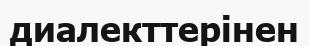
диалекттерінен